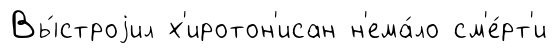
Вы́строjил х'иротон'исан н'ема́ло см'е́рт'и